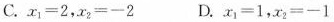
C.$$x_{1}=2，x_{2}=-2$$ D.$$x_{1}=1，x_{2}=-1$$